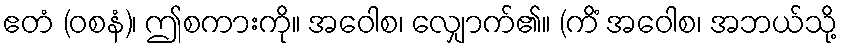
ဧတံ (ဝစနံ)၊ ဤစကားကို။ အဝေါစ၊ လျှောက်၏။ (ကိံ အဝေါစ၊ အဘယ်သို့